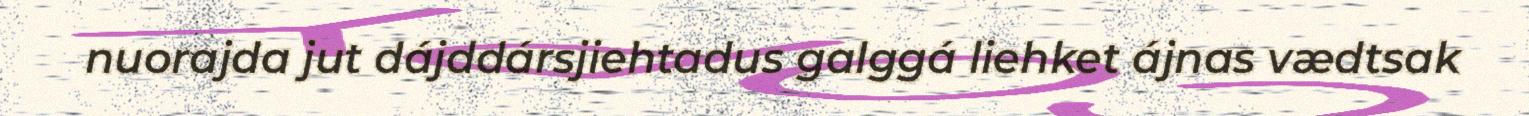
nuorajda jut dájddársjiehtadus galggá liehket ájnas vædtsak